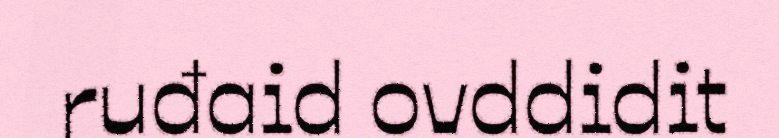
ruđaid ovddidit